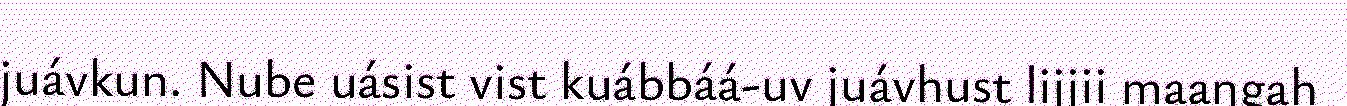
juávkun. Nube uásist vist kuábbáá-uv juávhust lijjii maaŋgah